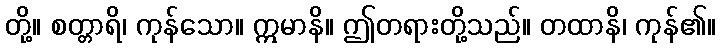
တို့။ စတ္တာရိ၊ ကုန်သော။ ဣမာနိ။ ဤတရားတို့သည်။ တထာနိ၊ ကုန်၏။